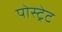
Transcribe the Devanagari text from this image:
पोस्ट्रेट